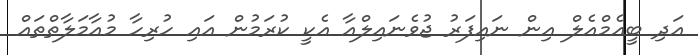
އަދި ބީއެމްއެލް އިން ނައިފަރު ޖުވެނައިލްއާ އެކީ ކުރަމުން އައި ހުރިހާ މުއާމަލާތްތައް